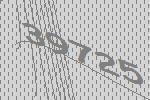
39725